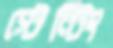
স্টেন্টিং